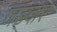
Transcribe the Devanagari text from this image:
जड़दार